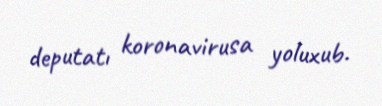
deputatı koronavirusa yoluxub.